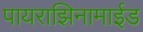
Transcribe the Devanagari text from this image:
पायराझिनामाईड